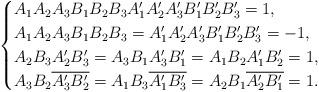
LaTeX: \begin{align*}\begin{cases}A_{1}A_{2}A_{3}B_{1}B_{2}B_{3}A_{1}'A_{2}'A_{3}'B_{1}'B_{2}'B_{3}'=1,\\A_{1}A_{2}A_{3}B_{1}B_{2}B_{3}=A_{1}'A_{2}'A_{3}'B_{1}'B_{2}'B_{3}'=-1,\\A_{2}B_{3}A_{2}'B_{3}'=A_{3}B_{1}A_{3}'B_{1}'=A_{1}B_{2}A_{1}'B_{2}'=1,\\A_{3}B_{2}\overline{A_{3}'B_{2}'}=A_{1}B_{3}\overline{A_{1}'B_{3}'}=A_{2}B_{1}\overline{A_{2}'B_{1}'}=1.\end{cases}\end{align*}